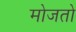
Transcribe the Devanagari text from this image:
मोजतो